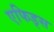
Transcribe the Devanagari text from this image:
एफिड्स